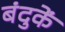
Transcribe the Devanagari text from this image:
बंदुकें